Vaccination in the Punjab 1867-1880 - 1867-1880
Year: 1867
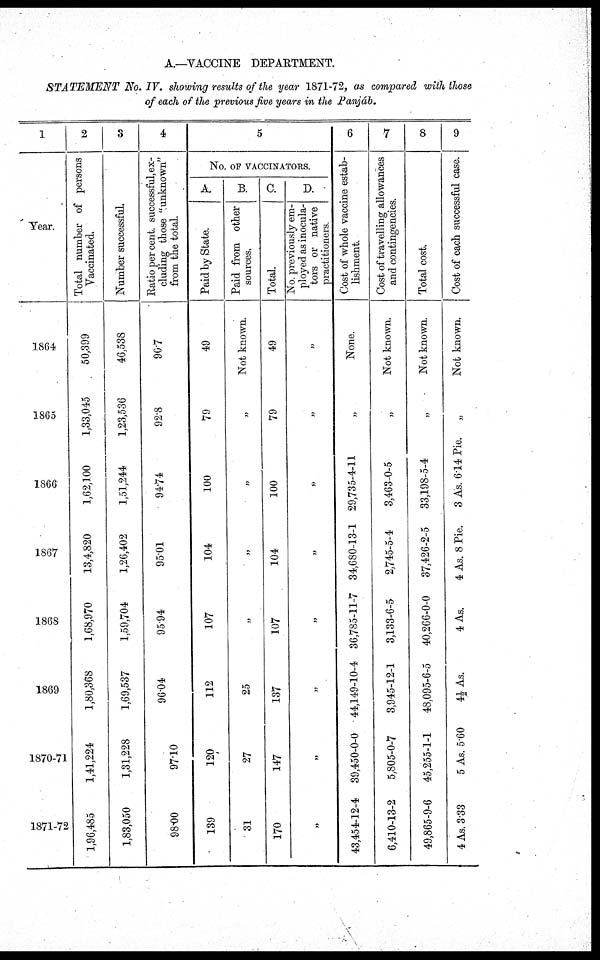
A.—VACCINE DEPARTMENT.
STATEMENT No. IV. showing results of the year 1871-72, as compared with those
of each of the previous five years in the Panjáb.
1
Year.
1864
1865
1866
1867
1868
1869
1870-71
1871-72
2
Total number of persons
Vaccinated.
50,399
1,33,045
1,62,100
13,4,820
1,68,970
1,80,368
1,41,224
1,96,485
3
Number successful.
46,538
1,23,536
1,51,244
1,26,402
1,59,704
1,69,537
1,31,228
1,83,050
4
Ratio per cent. successful, ex-
cluding those "unknown"
from the total.
907
928
94.74
9501
9594
96.04
9710
98.00
5
No. OF VACCINATORS.
A.
Paid by State.
49
79
100
104
107
112
120
139
B.
Paid from other
sources.
Not known.
„
„
„
„
25
27
31
C.
Total.
49
79
100
104
107
137
147
170
D.
No. previously em-
ployed as inocula-
tors or native
practitioners.
„
„
„
„
„
„
„
„
6
Cost of whole vaccine estab-
lishment.
None.
„
29,735-4-11
34,680-13-1
36,785-11-7
4,149-10-4
39,450-0-0 4
43,454-12-4
7
Cost of travelling allowances
and contingencies.
Not known.
„
3,463-0-5
2,745-5-4
3,133-6-5
3,945-12-1
5,805-0-7
6,410-13-2
8
Total cost.
Not known.
„
33,198-5-4
37,426-2-5
40,266-0-0
48,095-6-5
45,255-1-1
49,865-9-6
9
Cost of cach successful case.
Not known.
„
3 As. 6.14 Pie.
4 As. 8 Pie.
4 As.
4½ As.
5 As. 560
4 As. 3.33